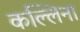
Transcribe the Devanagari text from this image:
कल्लिना